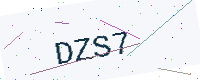
Text: DZS7